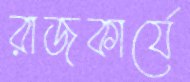
রাজকার্যে